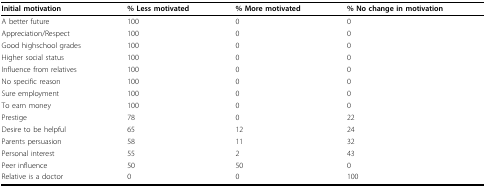
| Initial motivation | % Less motivated | % More motivated | % No change in motivation |
 | --- | --- | --- | --- |
 | A better future | 100 | 0 | 0 |
 | Appreciation/Respect | 100 | 0 | 0 |
 | Good highschool grades | 100 | 0 | 0 |
 | Higher social status | 100 | 0 | 0 |
 | Influence from relatives | 100 | 0 | 0 |
 | No specific reason | 100 | 0 | 0 |
 | Sure employment | 100 | 0 | 0 |
 | To earn money | 100 | 0 | 0 |
 | Prestige | 78 | 0 | 22 |
 | Desire to be helpful | 65 | 12 | 24 |
 | Parents persuasion | 58 | 11 | 32 |
 | Personal interest | 55 | 2 | 43 |
 | Peer influence | 50 | 50 | 0 |
 | Relative is a doctor | 0 | 0 | 100 |